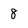
Character: 8